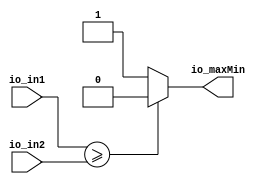
// This program was cloned from: https://github.com/cslab-chosun/online-fuzzy-chisel
// License: GNU General Public License v3.0

module Comparator_25(
  input  [6:0] io_in1,
  input  [6:0] io_in2,
  output       io_maxMin
);
  assign io_maxMin = io_in1 >= io_in2 ? 1'h0 : 1'h1; // @[comparator.scala 34:26 37:20 45:20]
endmodule